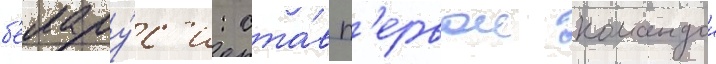
б'елару́с'и: ста́в п'ервои командои